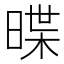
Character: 𣈽